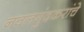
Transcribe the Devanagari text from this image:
नवलगुंदकरांचे